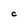
Character: C